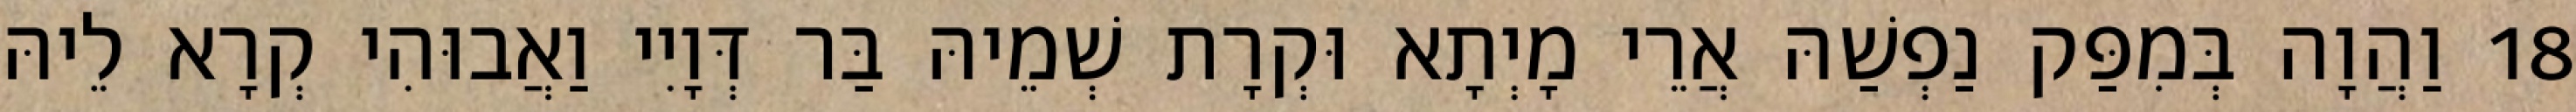
18 וַהֲוָה בְּמִפַּק נַפְשַׁהּ אֲרֵי מָיְתָא וּקְרָת שְׁמֵיהּ בַּר דְּוָיִי וַאֲבוּהִי קְרָא לֵיהּ